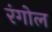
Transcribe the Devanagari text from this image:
रंगोल